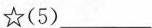
☆(5)___